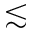
\lesssim